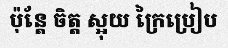
ប៉ុន្តែ ចិត្ត ស្អុយ ក្រៃប្រៀប